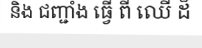
និង ជញ្ជាំង ធ្វើ ពី ឈើ ដ៏